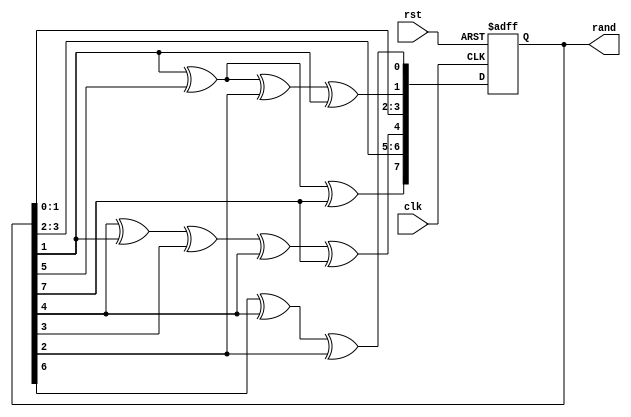
module lfsr2(clk, rst, rand);

input clk, rst;
output reg [7:0] rand;

always @(posedge clk or negedge rst)
begin
	if (rst == 1'b0)
		rand <= 8'd11111111;
	else
		rand <= {rand[1] ^ rand[5] ^ rand[7],                      
				  rand[3:2], 													   
				  (rand[4] ^ rand[1] ^ rand[3] ^ rand[4] ^ rand[7]), 
				  rand[1:0],													  
				  (rand[5] ^ rand[1] ^ rand[2] ^ rand[1]), 			  
				  (rand[6] ^ rand[4] ^ rand[2])};				  
end
endmodule